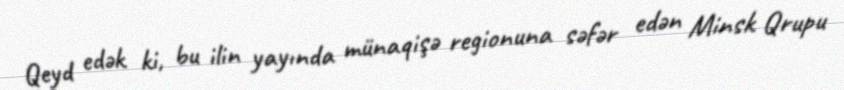
Qeyd edək ki, bu ilin yayında münaqişə regionuna səfər edən Minsk Qrupu